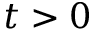
t > 0